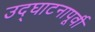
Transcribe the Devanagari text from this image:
उद्‌घाटनापूर्वी